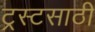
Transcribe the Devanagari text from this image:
ट्रस्टसाठी